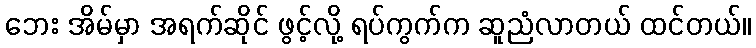
ဘေး အိမ်မှာ အရက်ဆိုင် ဖွင့်လို့ ရပ်ကွက်က ဆူညံလာတယ် ထင်တယ်။